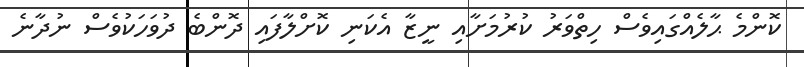
ކޮންމެ ޙާލެއްގައިވެސް ހިތްވަރު ކުރުމަށާއި ނީޒާ އެކަނި ކޮށްލާފައި ދޮންބެ ދުވަހަކުވެސް ނުދާނެ